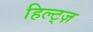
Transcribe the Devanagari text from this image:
हिल्ट्ज़